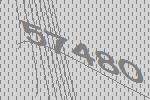
57480